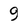
Character: 9